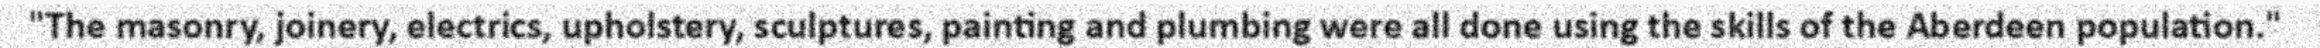
"The masonry, joinery, electrics, upholstery, sculptures, painting and plumbing were all done using the skills of the Aberdeen population."